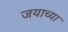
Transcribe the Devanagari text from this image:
जयाच्या